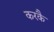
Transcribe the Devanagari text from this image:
करकै